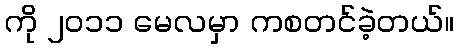
ကို ၂၀၁၁ မေလမှာ ကစတင်ခဲ့တယ်။